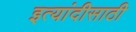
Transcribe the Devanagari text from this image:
इत्यांदीसाठी